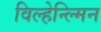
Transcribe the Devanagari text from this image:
विल्हेन्ल्मिन